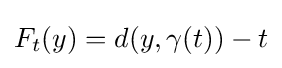
F_{t}(y)=d(y,\gamma (t))-t